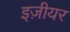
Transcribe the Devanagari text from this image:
इज़ीयर